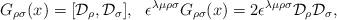
LaTeX: \begin{align*}G_{\rho\sigma}(x)=[{\cal D}_\rho,{\cal D}_\sigma],\ \ \epsilon^{\lambda\mu\rho\sigma}G_{\rho\sigma}(x)=2\epsilon^{\lambda\mu\rho\sigma}{\cal D}_\rho{\cal D}_\sigma,\end{align*}